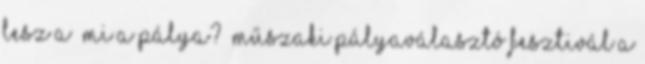
lesz a „Mi a pálya?” műszaki pályaválasztó fesztivál a